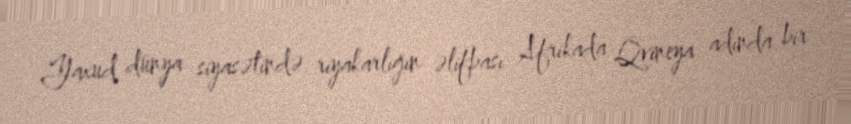
Yaxud dünya siyasətində riyakarlığın əlifbası Afrikada Qvineya adında bir